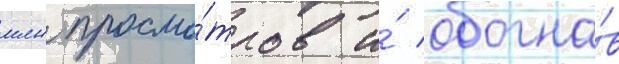
млн просмо́тров и́ обогна́в